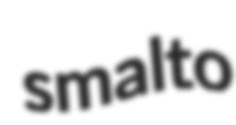
smalto